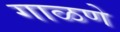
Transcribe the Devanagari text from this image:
गाळणे